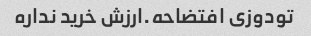
تودوزی افتضاحه.ارزش خرید نداره